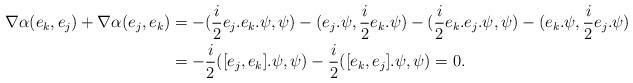
LaTeX: \begin{align*} \nabla \alpha (e_k,e_j)+\nabla \alpha (e_j,e_k)&=-(\frac{i}{2}e_j.e_k.\psi,\psi)-(e_j.\psi,\frac{i}{2}e_k.\psi)-(\frac{i}{2}e_k.e_j.\psi,\psi)-(e_k.\psi,\frac{i}{2}e_j.\psi)\\ &=-\frac{i}{2}([e_j,e_k].\psi,\psi)-\frac{i}{2}([e_k,e_j].\psi,\psi)=0.\end{align*}